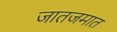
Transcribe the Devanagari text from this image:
जातजमात